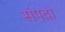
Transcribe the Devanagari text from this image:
संंपदा